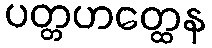
ပတ္တဟတ္ထေန